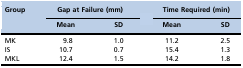
| <ROWSPAN=2> Group | <COLSPAN=2> Gap at Failure (mm) | <COLSPAN=2> Time Required (min) |
 | Mean | SD | Mean | SD |
 | --- | --- | --- | --- | --- |
 | MK | 9.8 | 1.0 | 11.2 | 2.5 |
 | IS | 10.7 | 0.7 | 15.4 | 1.3 |
 | MKL | 12.4 | 1.5 | 14.2 | 1.8 |